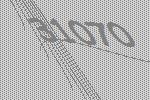
31070